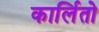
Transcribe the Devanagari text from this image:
कार्लितो